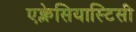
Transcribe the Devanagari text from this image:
एक्लेसियास्टिसी